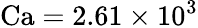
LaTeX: \textrm{Ca}=2.61\times 10^{3}